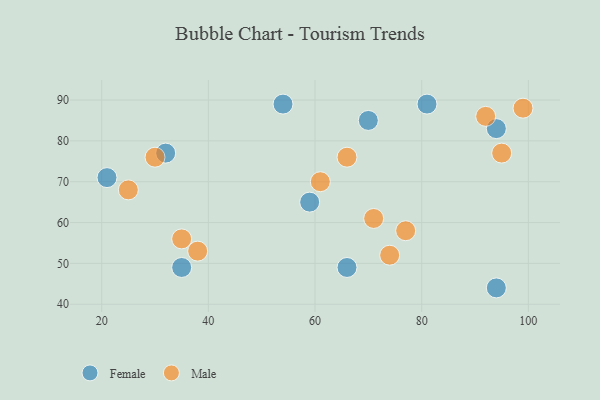
{"axis": {"x": "GDP", "y": "Life Expectancy"}, "legend": ["Female", "Male"], "data": [{"x": "81", "y": 89, "type": "Female"}, {"x": "21", "y": 71, "type": "Female"}, {"x": "94", "y": 44, "type": "Female"}, {"x": "59", "y": 65, "type": "Female"}, {"x": "66", "y": 49, "type": "Female"}, {"x": "35", "y": 49, "type": "Female"}, {"x": "32", "y": 77, "type": "Female"}, {"x": "70", "y": 85, "type": "Female"}, {"x": "54", "y": 89, "type": "Female"}, {"x": "94", "y": 83, "type": "Female"}, {"x": "35", "y": 56, "type": "Male"}, {"x": "74", "y": 52, "type": "Male"}, {"x": "71", "y": 61, "type": "Male"}, {"x": "38", "y": 53, "type": "Male"}, {"x": "95", "y": 77, "type": "Male"}, {"x": "66", "y": 76, "type": "Male"}, {"x": "25", "y": 68, "type": "Male"}, {"x": "61", "y": 70, "type": "Male"}, {"x": "77", "y": 58, "type": "Male"}, {"x": "99", "y": 88, "type": "Male"}, {"x": "92", "y": 86, "type": "Male"}, {"x": "30", "y": 76, "type": "Male"}]}